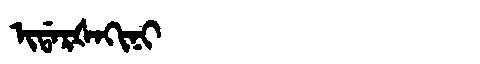
Manchu: ᡳᡩᠠᡵᡧᠠᡴᡳᠨᡳ
Romanization: IDARŠAKINI